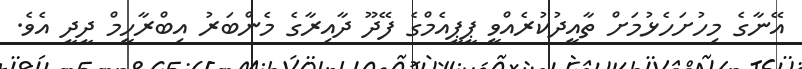
އޭނާގެ މިހުށަހެޅުމަށް ތާއީދުކުރެއްވީ ޕީޕީއެމްގެ ފޭދޫ ދާއިރާގެ މެންބަރު އިބްރާހީމް ދީދީ އެވެ.